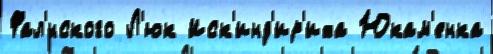
Фал'́нского Л'юк Иск'инд'ир'иха Юкам'енка